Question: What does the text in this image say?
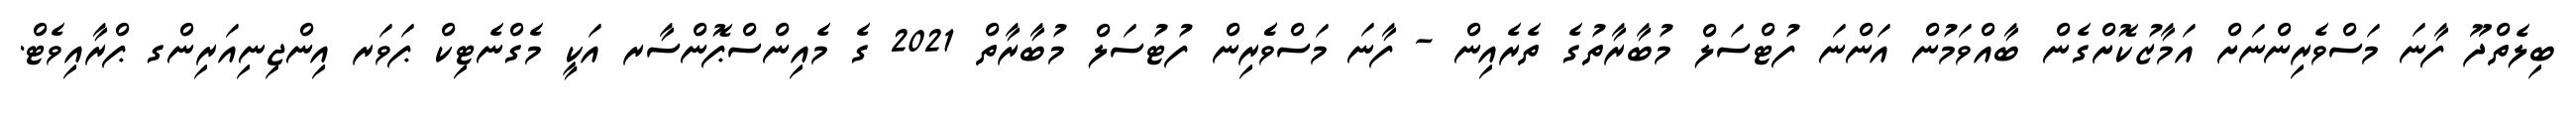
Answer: ބިލެތްދޫ ފާނަ މަސްވެރިންނަށް އަމާޒުކޮށްގެން ބާއްވަމުން އަންނަ ފުޓްސަލް މުބާރާތުގެ ތެރެއިން - ފާނަ މަސްވެެރިން ފުޓުސަލް މުބާރާތް 2021 ގެ މެއިންސްޕޮންސާރ އަކީ މެގްނެޓިކް ޕަވަރ އިންޖިނިއަރިންގ ޕްރާއިވެޓް.